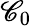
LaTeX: \mathscr{C}_{0}